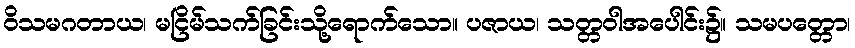
ဝိသမဂတာယ၊ မငြိမ်သက်ခြင်းသို့ရောက်သော။ ပဇာယ၊ သတ္တဝါအပေါင်း၌။ သမပတ္တော၊